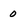
Character: 0